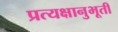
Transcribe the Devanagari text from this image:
प्रत्यक्षानुभूती